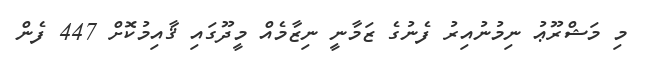
މި މަޝްރޫޢު ނިމުނުއިރު ފެނުގެ ޒަމާނީ ނިޒާމެއް މީދޫގައި ޤާއިމުކޮށް 447 ފެން